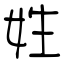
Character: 姓